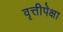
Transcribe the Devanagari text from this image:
वृत्तीपेक्षा